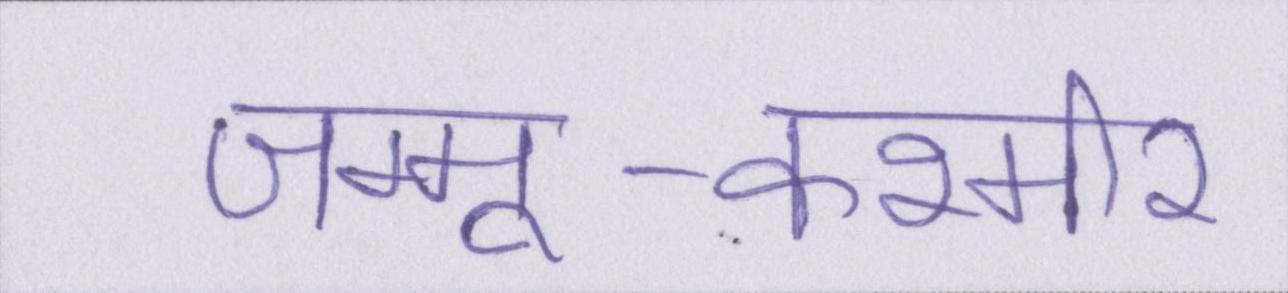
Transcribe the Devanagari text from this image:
जम्मू-कश्मीर